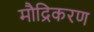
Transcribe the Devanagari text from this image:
मौद्रिकरण